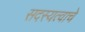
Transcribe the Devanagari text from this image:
सदस्यत्वाचे